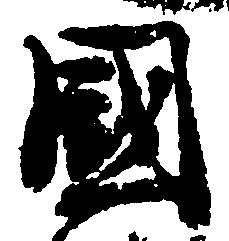
国